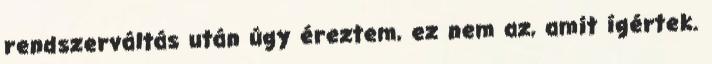
rendszerváltás után úgy éreztem, ez nem az, amit ígértek.